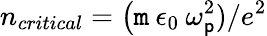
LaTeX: n_{critical}=\big(\mathtt{m}\: \epsilon_{0}\: \omega_{\mathsf{p}}^{2})/e^{2}